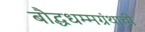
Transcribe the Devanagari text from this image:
बौद्धधम्मग्रंथाची